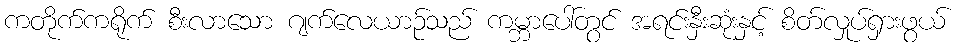
ကတိုက်ကရိုက် စီးလာသော ဂျက်လေယာဉ်သည် ကမ္ဘာပေါ်တွင် အရင်းနှီးဆုံးနှင့် စိတ်လှုပ်ရှားဖွယ်